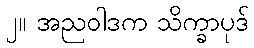
၂။ အညဝါဒက သိက္ခာပုဒ်